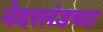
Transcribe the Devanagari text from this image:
नेदरलंडच्या